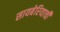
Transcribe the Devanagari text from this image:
सायबेरियाची